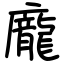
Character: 龐